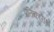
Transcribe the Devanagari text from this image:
प्रतिकारार्थ